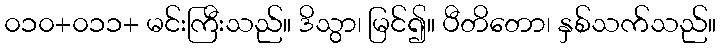
၀၁၀+၀၁၁+ မင်းကြီးသည်။ ဒိသွာ၊ မြင်၍။ ပီတိတော၊ နှစ်သက်သည်။